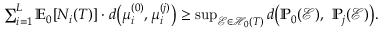
\begin{array} { r l } & { \sum _ { i = 1 } ^ { L } \mathbb { E } _ { 0 } [ N _ { i } ( T ) ] \cdot d \big ( \mu _ { i } ^ { ( 0 ) } , \mu _ { i } ^ { ( j ) } \big ) \ge \operatorname* { s u p } _ { \mathcal { E } \in \mathcal { H } _ { 0 } ( T ) } d \big ( \mathbb { P } _ { 0 } ( \mathcal { E } ) , ~ \mathbb { P } _ { j } ( \mathcal { E } ) \big ) . } \end{array}